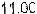
11.00